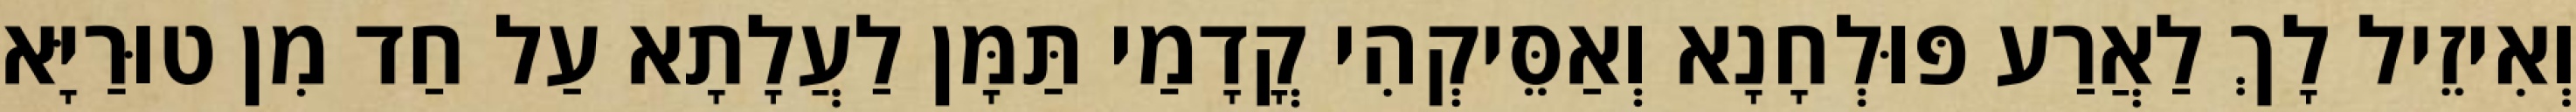
וְאִיזֵיל לָךְ לַאֲרַע פּוּלְחָנָא וְאַסֵּיקְהִי קֳדָמַי תַּמָּן לַעֲלָתָא עַל חַד מִן טוּרַיָּא